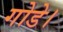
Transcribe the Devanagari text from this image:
गोडे।